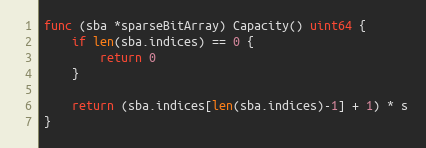
Language: Go
func (sba *sparseBitArray) Capacity() uint64 {
	if len(sba.indices) == 0 {
		return 0
	}

	return (sba.indices[len(sba.indices)-1] + 1) * s
}